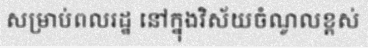
សម្រាប់ពលរដ្ឋ នៅក្នុងវិស័យចំណូលខ្ពស់